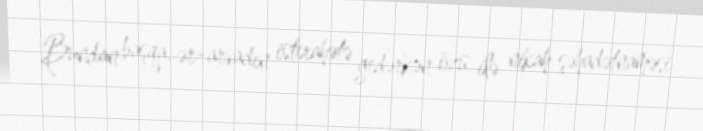
Bundan başqa, ər-arvadın istirahətə gedərkən özü ilə nikah şəhadətnaməsi